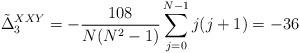
LaTeX: \begin{align*}\tilde{\Delta}_3^{XXY} = - {108 \over N(N^2-1)} \sum_{j=0}^{N-1} j(j+1) = -36\end{align*}